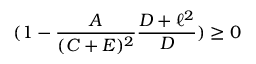
( 1 - \frac { A } { ( C + E ) ^ { 2 } } \frac { D + \ell ^ { 2 } } { D } ) \geq 0